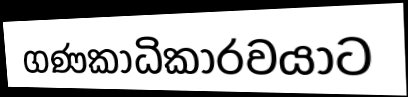
ගණකාධිකාරවයාට